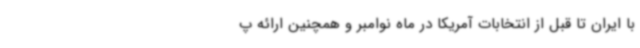
با ایران تا قبل از انتخابات آمریکا در ماه نوامبر و همچنین ارائه پ